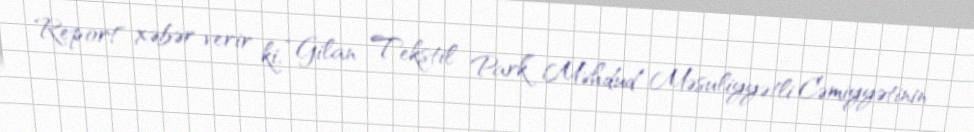
Report" xəbər verir ki, “Gilan Tekstil Park” Məhdud Məsuliyyətli Cəmiyyətinin